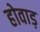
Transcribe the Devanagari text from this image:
होवाड़